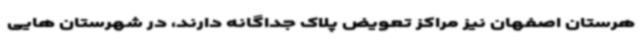
هرستان اصفهان نیز مراکز تعویض پلاک جداگانه دارند، در شهرستان هایی